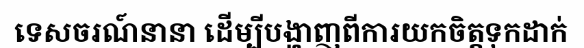
ទេសចរណ៍នានា ដើម្បីបង្ហាញពីការយកចិត្តទុកដាក់